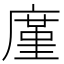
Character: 廑